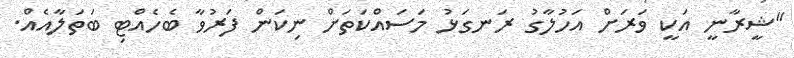
"ޝީރާނީ އަކީ ވަރަށް އަހުލާގު ރަނގަޅު މަސައްކަތަށް ނިކަން ފަރުވާ ބެހެއްޓި ބަތަލާއެއް.